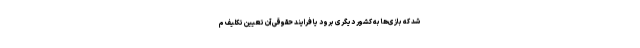
شد که بازی‌ها به کشور دیگری برود یا فرایند حقوقی آن تعیین تکلیف م